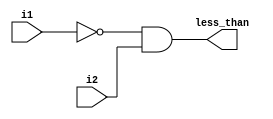
`timescale 1ns / 1ps
//////////////////////////////////////////////////////////////////////////////////
// Company: 
// Engineer: 
// 
// Design Name: 
// Module Name: comparator
// Project Name: 
// Target Devices: 
// Tool Versions: 
// Description: 
// 
// Dependencies: 
// 
// Revision:
// Revision 0.01 - File Created
// Additional Comments:
// 
//////////////////////////////////////////////////////////////////////////////////


module comparator(

input i1, input i2,
output less_than
);
assign less_than = ~i1 & i2; 
endmodule